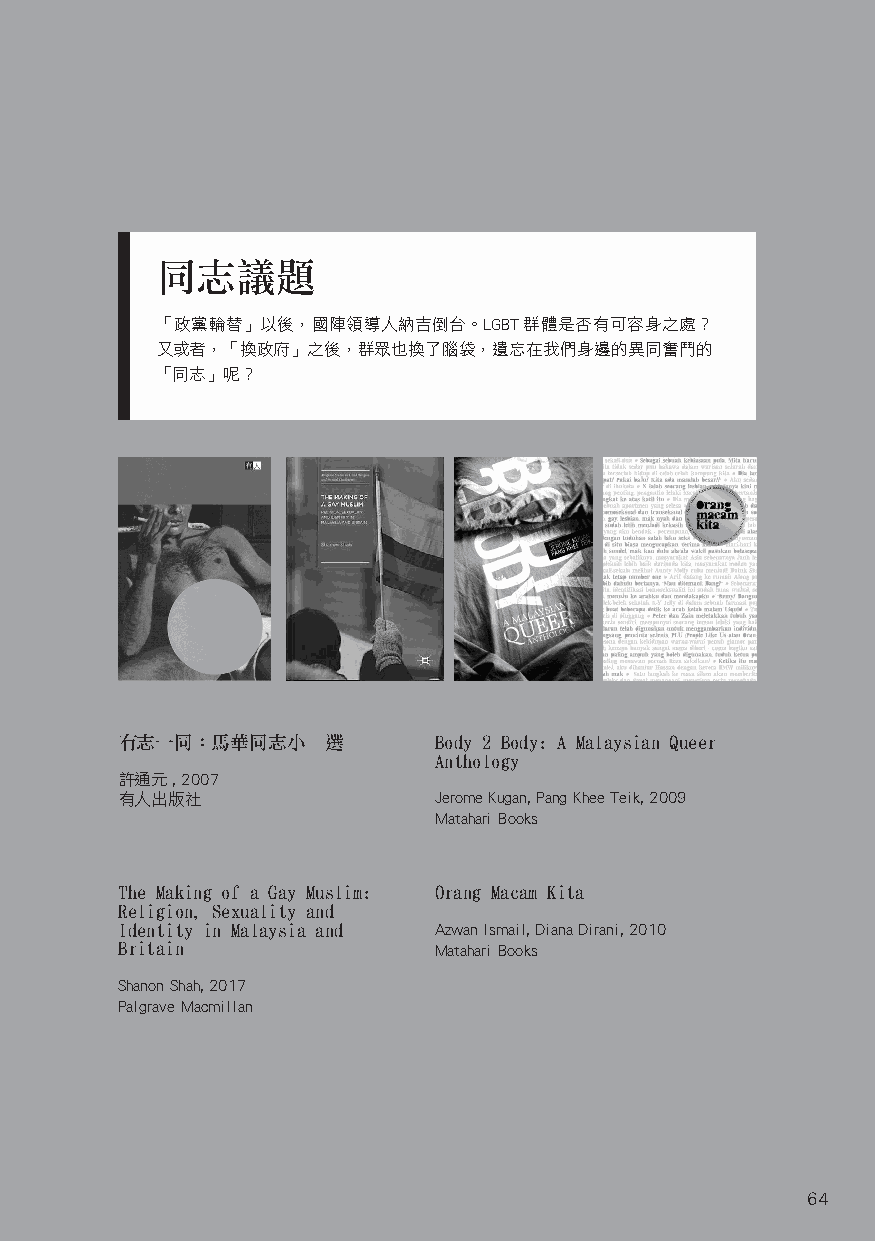
同志議題
 「政黨輪替」以後，國陣領導人納吉倒台。LGBT群體是否有可容身之處？
 又或者，「換政府」之後，群眾也換了腦袋，遺忘在我們身邊的異同奮鬥的
 「同志」呢？
 有志一同：馬華同志小説選         Body 2 Body: A Malaysian Queer
 Anthology
 許通元, 2007
 有人出版社                Jerome Kugan, Pang Khee Teik, 2009
 Matahari Books
 The Making of a Gay Muslim: Orang Macam Kita
 Religion, Sexuality and
 Identity in Malaysia and Azwan Ismail, Diana Dirani, 2010
 Britain              Matahari Books
 Shanon Shah, 2017
 Palgrave Macmillan
 64